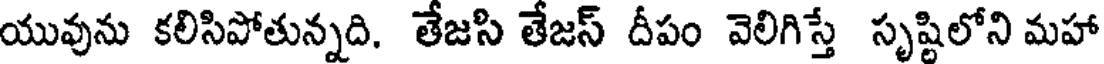
యువును కలిసిపోతున్నది. తేజసి తేజస్ దీపం వెలిగిస్తే సృష్టిలోని మహా